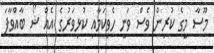
މޫސާ މީގެ ކުރިން ވެސް ވަނީ ހެވިކަމާއި ކުޅިވަރުގެ އެއް ޝޯ ބާއްވާފަ